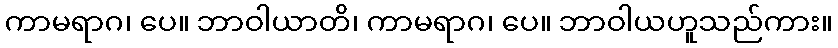
ကာမရာဂ၊ ပေ။ ဘာဝါယာတိ၊ ကာမရာဂ၊ ပေ။ ဘာဝါယဟူသည်ကား။